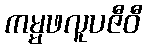
ကမ္မဖလူပဇီဝီ